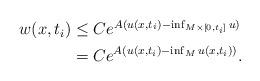
LaTeX: \begin{align*}\begin{aligned}w(x,t_i) &\leq C e^{A (u(x,t_i) - \inf_{M \times [0,t_i]} u)} \\&= C e^{A (u(x,t_i) - \inf_M u(x,t_i))}.\end{aligned}\end{align*}